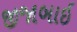
જીજાબાઇ